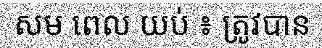
សម ពេល យប់ ៖ ត្រូវបាន